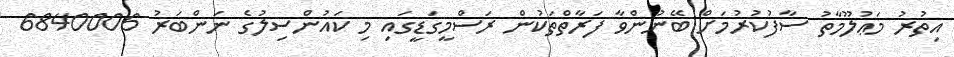
އިތުރު މަޢުލޫމާތު ސާފުކުރުމަށް ބޭނުންވާ ފަރާތްތަކުން ރަސްމީގަޑީގައި މި ކައުންސިލުގެ ނަންބަރު 6840006